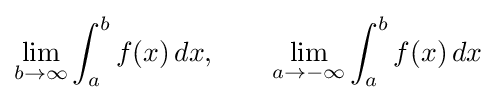
\lim _{b\to \infty }\int _{a}^{b}f(x)\,dx,\qquad \lim _{a\to -\infty }\int _{a}^{b}f(x)\,dx